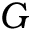
G